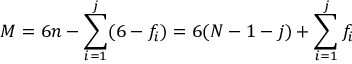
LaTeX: M = 6 n - \sum _ { i = 1 } ^ { j } ( 6 - f _ { i } ) = 6 ( N - 1 - j ) + \sum _ { i = 1 } ^ { j } f _ { i }